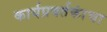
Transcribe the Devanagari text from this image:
कार्यप्रवर्तकांचा